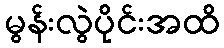
မွန်းလွဲပိုင်းအထိ